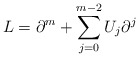
\begin{align*}L=\partial ^m+\sum_{j=0}^{m-2}U_j\partial ^j\end{align*}